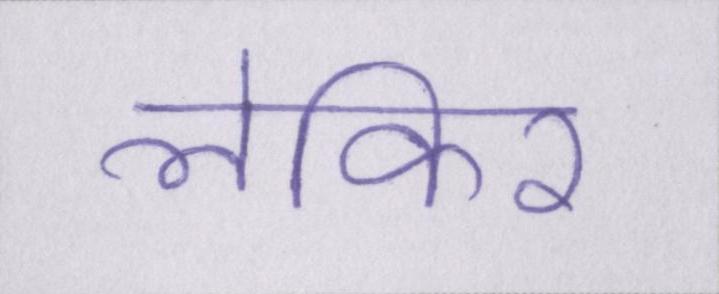
लेकिर